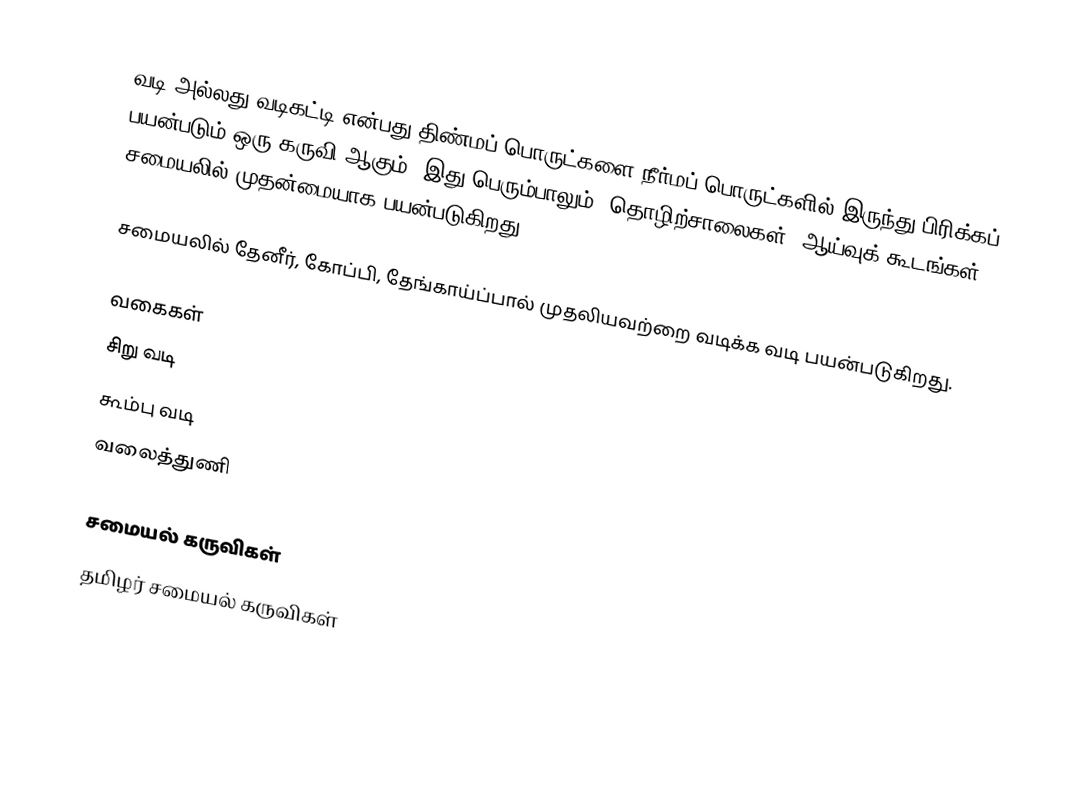
வடி அல்லது வடிகட்டி என்பது திண்மப் பொருட்களை நீர்மப் பொருட்களில் இருந்து பிரிக்கப் பயன்படும் ஒரு கருவி ஆகும். இது பெரும்பாலும், தொழிற்சாலைகள், ஆய்வுக் கூடங்கள், சமையலில் முதன்மையாக பயன்படுகிறது.

சமையலில் தேனீர், கோப்பி, தேங்காய்ப்பால் முதலியவற்றை வடிக்க வடி பயன்படுகிறது.

வகைகள்
 சிறு வடி
 கூம்பு வடி
 வலைத்துணி

சமையல் கருவிகள்
தமிழர் சமையல் கருவிகள்